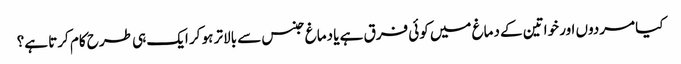
کیا مردوں اور خواتین کے دماغ میں کوئی فرق ہے یا دماغ جنس سے بالاتر ہو کر ایک ہی طرح کام کرتا ہے؟